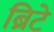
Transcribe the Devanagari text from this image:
ब्रिटे